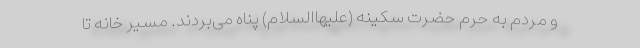
و مردم به حرم حضرت سکینه (علیهاالسلام) پناه می‌بردند. مسیر خانه تا